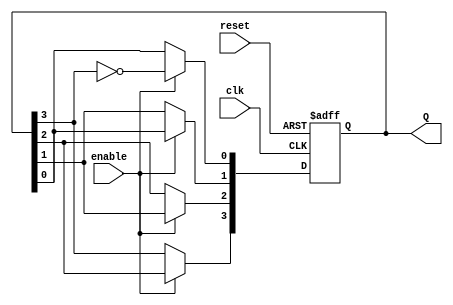
module johnson_counter (
    input wire clk,            // Clock input
    input wire reset,          // Asynchronous reset
    input wire enable,         // Enable input
    output reg [3:0] Q         // 4-bit output
);

    always @(posedge clk or posedge reset) begin
        if (reset) begin
            Q <= 4'b0000;      // Reset the counter to 0000
        end else if (enable) begin
            Q[0] <= ~Q[3];     // Feedback from FF_4 (inverted output)
            Q[1] <= Q[0];      // Shift right
            Q[2] <= Q[1];      // Shift right
            Q[3] <= Q[2];      // Shift right
        end
    end

endmodule